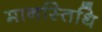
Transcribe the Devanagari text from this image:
मानस्तिथि